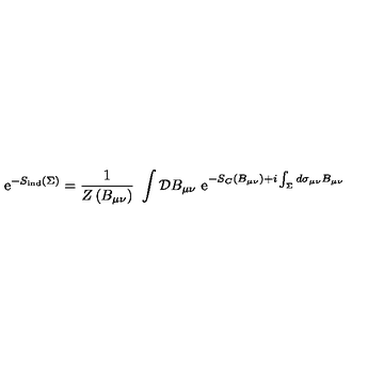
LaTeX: \mathrm { e } ^ { - S _ { \mathrm { i n d } } \left( \Sigma \right) } = { \frac { 1 } { Z \left( B _ { \mu \nu } \right) } } \ \int { \cal D } B _ { \mu \nu } \ \mathrm { e } ^ { - S _ { C } \left( B _ { \mu \nu } \right) + i \int _ { \Sigma } d \sigma _ { \mu \nu } B _ { \mu \nu } }